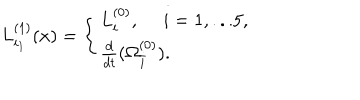
L _ { i _ { 1 } } ^ { ( 1 ) } ( x ) = \left\{ \begin{array} { l l } { { L _ { i } ^ { ( 0 ) } , \ ~ i = 1 , . . . 5 , } } \\ { { \frac { d } { d t } ( \Omega _ { \bar { i } } ^ { ( 0 ) } ) . } } \\ \end{array} \right.